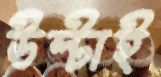
উল্‌টাই